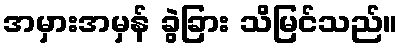
အမှားအမှန် ခွဲခြား သိမြင်သည်။